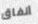
أنفاق